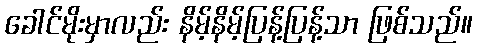
ခေါင်မိုးမှာလည်း နိမ့်နိမ့်ပြန့်ပြန့်သာ ဖြစ်သည်။